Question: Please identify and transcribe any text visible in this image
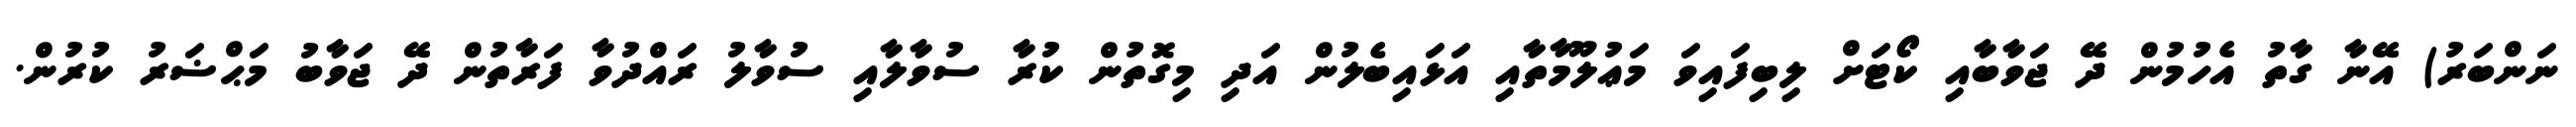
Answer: ނަންބަރު) އޭނާ ގާތު އެހުމުން ދޭ ޖަވާބާއި ކޯޓަށް ލިބިފައިވަ މަޢުލޫމާތާއި އަޅައިބެލުން އަދި މިގޮތުން ކުރާ ސުވާލާއި ސުވާލު ރައްދުވާ ފަރާތުން ދޭ ޖަވާބު މަޙްޟަރު ކުރުން.